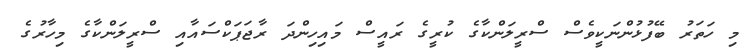
މި ހަތަރު ބޭފުޅުންނަކީވެސް ސްރީލަންކާގެ ކުރީގެ ރައީސް މައިހިންދަ ރާޖަޕަކްސައާއި ސްރީލަންކާގެ މިހާރުގެ